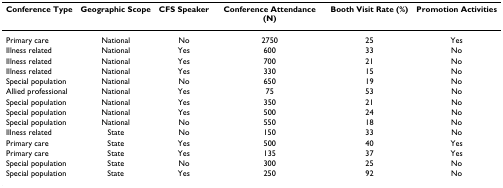
| Conference Type | Geographic Scope | CFS Speaker | Conference Attendance (N) | Booth Visit Rate (%) | Promotion Activities |
 | --- | --- | --- | --- | --- | --- |
 | Primary care | National | No | 2750 | 25 | Yes |
 | Illness related | National | Yes | 600 | 33 | No |
 | Illness related | National | Yes | 700 | 21 | No |
 | Illness related | National | Yes | 330 | 15 | No |
 | Special population | National | No | 650 | 19 | No |
 | Allied professional | National | Yes | 75 | 53 | No |
 | Special population | National | Yes | 350 | 21 | No |
 | Special population | National | Yes | 500 | 24 | No |
 | Special population | National | No | 550 | 18 | No |
 | Illness related | State | No | 150 | 33 | No |
 | Primary care | State | Yes | 500 | 40 | Yes |
 | Primary care | State | Yes | 135 | 37 | Yes |
 | Special population | State | No | 300 | 25 | No |
 | Special population | State | Yes | 250 | 92 | No |